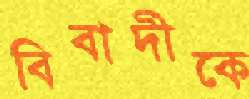
বিবাদীকে